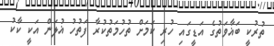
ތުރުކީ ބަޣާވަތުގެ އަޑީގައި ހުރި ކަމަށް ތުހުމަތުކުރާ ފަތުހު ޣުލަން އަކީ ކާކު